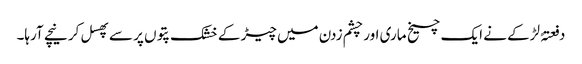
دفعتہً لڑکے نے ایک چیخ ماری اور چشم زدن میں چیڑ کے خشک پتوں پر سے پھسل کر نیچے آرہا۔